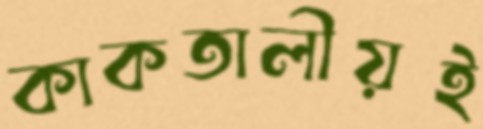
কাকতালীয়ই